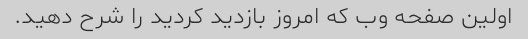
اولین صفحه وب که امروز بازدید کردید را شرح دهید.